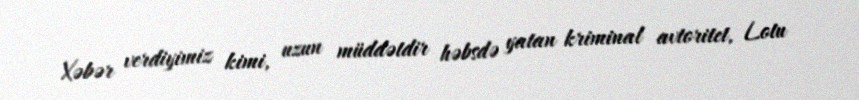
Xəbər verdiyimiz kimi, uzun müddətdir həbsdə yatan kriminal avtoritet, Lotu